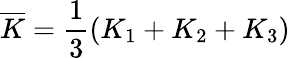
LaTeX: \overline{{K}}=\frac{1}{3}(K_{1}+K_{2}+K_{3})